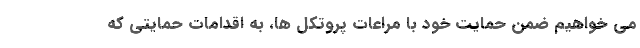
می خواهیم ضمن حمایت خود با مراعات پروتکل ها، به اقدامات حمایتی که